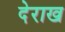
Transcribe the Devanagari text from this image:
देराख